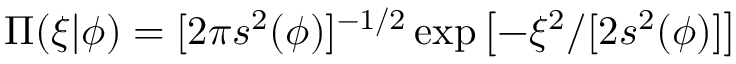
\Pi ( \xi | \phi ) = [ 2 \pi s ^ { 2 } ( \phi ) ] ^ { - 1 / 2 } \exp \left[ - \xi ^ { 2 } / [ 2 s ^ { 2 } ( \phi ) ] \right]